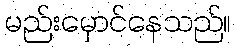
မည်းမှောင်နေသည်။